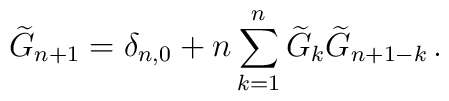
\widetilde{G}_{n+1}=\delta_{n,0}+n\sum_{k=1}^n\widetilde{G}_{k}\widetilde{G}_{n+1-k}\,.